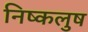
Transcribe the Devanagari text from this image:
निष्कलुष